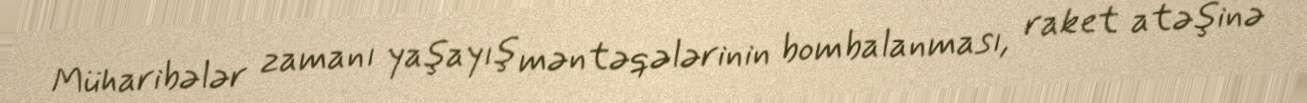
Müharibələr zamanı yaşayış məntəqələrinin bombalanması, raket atəşinə